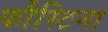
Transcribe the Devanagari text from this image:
फौस्टिना